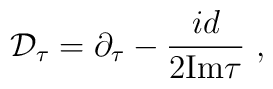
{\cal D}_{\tau}=\partial_{\tau}-{id \over 2 {\rm Im} \tau}~,